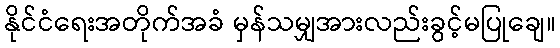
နိုင်ငံရေးအတိုက်အခံ မှန်သမျှအားလည်းခွင့်မပြုချေ။